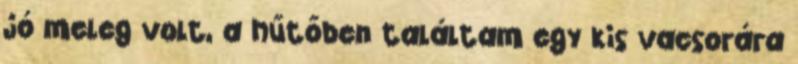
jó meleg volt, a hűtőben találtam egy kis vacsorára